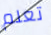
تعلم